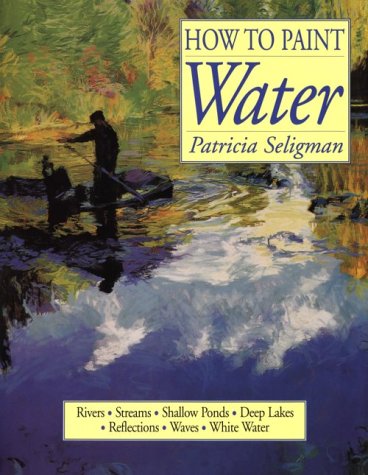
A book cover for How to Paint Water; Patricia Seligman; Arts & Photography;